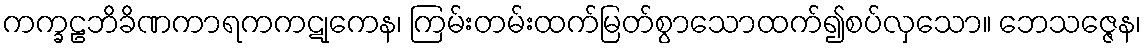
ကက္ခဠဘိခိဏကာရကကဋုကေန၊ ကြမ်းတမ်းထက်မြတ်စွာသောထက်၍စပ်လှသော။ ဘေသဇ္ဇေန၊